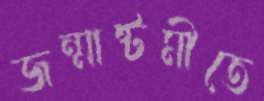
জন্মাষ্টমীতে